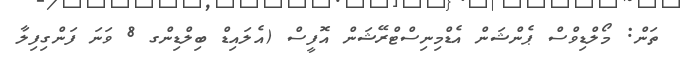
ތަން: މޯލްޑިވްސް ޕެންޝަން އެޑްމިނިސްޓްރޭޝަން އޮފީސް (އެލައިޑް ބިލްޑިންގ 8 ވަނަ ފަންގިފިލާ